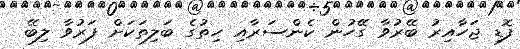
ފޮޑި ޖަހާއިރު ބޭރުވާ ގޭހުން ކެންސަރާއި ހިތުގެ ބަލިތަކަށް ފަރުވާ ލިބޭ